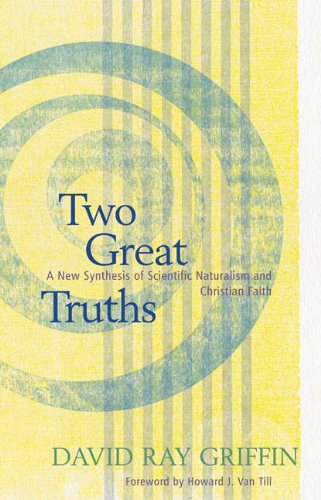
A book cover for Two Great Truths: A New Synthesis of Scientific Naturalism and Christian Faith; David Ray Griffin; Christian Books & Bibles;